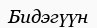
Бидэгүүн